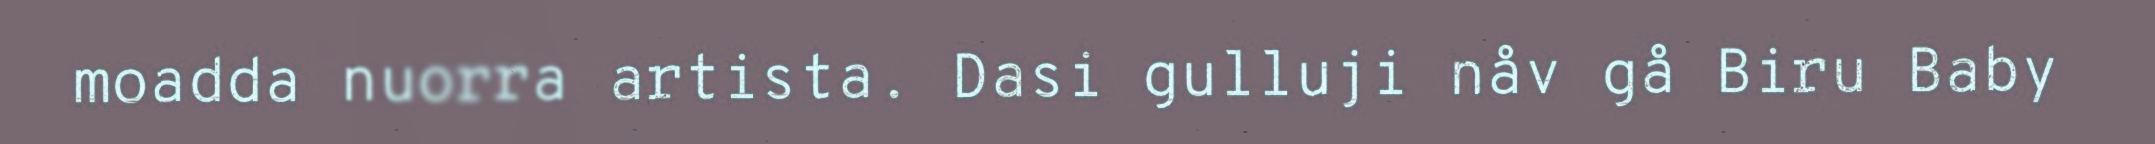
moadda nuorra artista. Dasi gulluji nåv gå Biru Baby